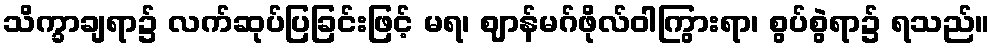
သိက္ခာချရာ၌ လက်ဆုပ်ပြခြင်းဖြင့် မရ၊ ဈာန်မဂ်ဖိုလ်ဝါကြွားရာ၊ စွပ်စွဲရာ၌ ရသည်။